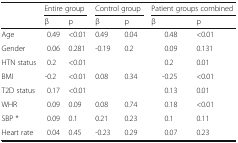
<table><thead><tr><td rowspan="2"></td><td colspan="2"><b>Entire group</b></td><td colspan="2"><b>Control group</b></td><td colspan="2"><b>Patient groups combined</b></td></tr><tr><td><b>β</b></td><td><b>p</b></td><td><b>β</b></td><td><b>p</b></td><td><b>β</b></td><td><b>p</b></td></tr></thead><tbody><tr><td>Age</td><td>0.49</td><td>&lt;0.01</td><td>0.49</td><td>0.04</td><td>0.48</td><td>&lt;0.01</td></tr><tr><td>Gender</td><td>0.06</td><td>0.281</td><td>-0.19</td><td>0.2</td><td>0.09</td><td>0.131</td></tr><tr><td>HTN status</td><td>0.2</td><td>&lt;0.01</td><td></td><td></td><td>0.2</td><td>0.01</td></tr><tr><td>BMI</td><td>-0.2</td><td>&lt;0.01</td><td>0.08</td><td>0.34</td><td>-0.25</td><td>&lt;0.01</td></tr><tr><td>T2D status</td><td>0.17</td><td>&lt;0.01</td><td></td><td></td><td>0.13</td><td>0.01</td></tr><tr><td>WHR</td><td>0.09</td><td>0.09</td><td>0.08</td><td>0.74</td><td>0.18</td><td>&lt;0.01</td></tr><tr><td>SBP *</td><td>0.09</td><td>0.1</td><td>0.21</td><td>0.23</td><td>0.1</td><td>0.11</td></tr><tr><td>Heart rate</td><td>0.04</td><td>0.45</td><td>-0.23</td><td>0.29</td><td>0.07</td><td>0.23</td></tr></tbody></table>